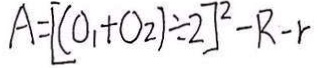
A = [ ( O _ { 1 } + O 2 ) \div 2 ] ^ { 2 } - R - r